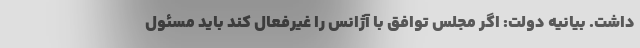
داشت. بیانیه دولت: اگر مجلس توافق با آژانس را غیرفعال کند باید مسئول